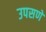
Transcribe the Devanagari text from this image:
उपसणें